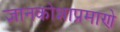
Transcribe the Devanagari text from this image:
ज्ञानकोशाप्रमाणे